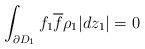
LaTeX: \begin{align*}\int_{\partial D_1}f_1\overline{f}\rho_1|dz_1|=0\end{align*}